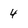
Character: 4